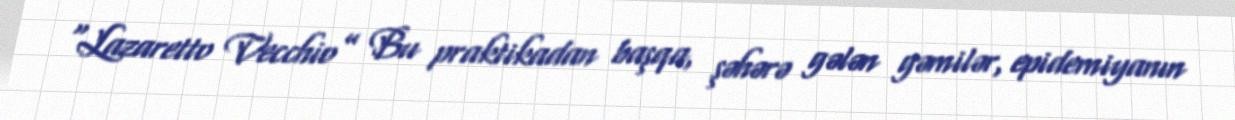
“Lazaretto Vecchio” Bu praktikadan başqa, şəhərə gələn gəmilər, epidemiyanın